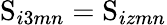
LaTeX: \mathrm{S}_{i3mn}=\mathrm{S}_{izmn}